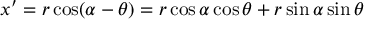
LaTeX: x ^ { \prime } = r \cos ( \alpha - \theta ) = r \cos \alpha \cos \theta + r \sin \alpha \sin \theta